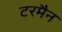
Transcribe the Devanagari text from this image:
टरमैन